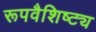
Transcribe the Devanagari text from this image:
रूपवैशिष्ट्य